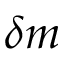
\delta m